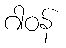
ဂါဝန်